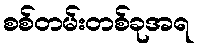
စစ်တမ်းတစ်ခုအရ